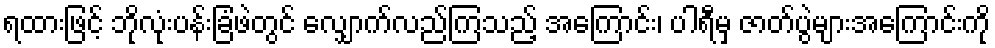
ရထားဖြင့် ဘိုလုံးပန်းခြံဖဲတွင် လျှောက်လည်ကြသည့် အကြောင်း၊ ပါရီမှ ဇာတ်ပွဲများအကြောင်းကို